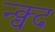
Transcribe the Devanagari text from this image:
न्क्व्द